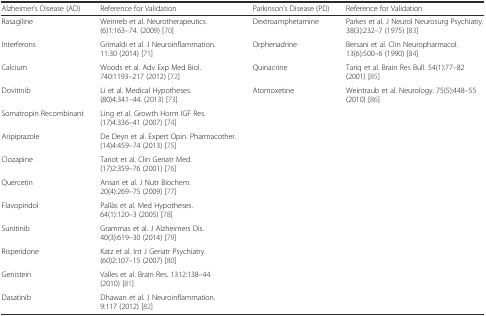
<table><thead><tr><td><b>Alzheimer’s Disease (AD)</b></td><td><b>Reference for Validation</b></td><td><b>Parkinson’s Disease (PD)</b></td><td><b>Reference for Validation</b></td></tr></thead><tbody><tr><td>Rasagiline</td><td>Weinreb et al. Neurotherapeutics. (6)1:163–74. (2009) [70]</td><td>Dextroamphetamine</td><td>Parkes et al. J Neurol Neurosurg Psychiatry. 38(3):232–7 (1975) [83]</td></tr><tr><td>Interferons</td><td>Grimaldi et al. J Neuroinflammation. 11:30 (2014) [71]</td><td>Orphenadrine</td><td>Bersani et al. Clin Neuropharmacol. 13(6):500–6 (1990) [84]</td></tr><tr><td>Calcium</td><td>Woods et al. Adv Exp Med Biol. 740:1193–217 (2012) [72]</td><td>Quinacrine</td><td>Tariq et al. Brain Res Bull. 54(1):77–82 (2001) [85]</td></tr><tr><td>Dovitinib</td><td>Li et al. Medical Hypotheses. (80)4:341–44. (2013) [73]</td><td>Atomoxetine</td><td>Weintraub et al. Neurology. 75(5):448–55 (2010) [86]</td></tr><tr><td>Somatropin Recombinant</td><td>Ling et al. Growth Horm IGF Res. (17)4:336–41 (2007) [74]</td><td></td><td></td></tr><tr><td>Aripiprazole</td><td>De Deyn et al. Expert Opin. Pharmacother. (14)4:459–74 (2013) [75]</td><td></td><td></td></tr><tr><td>Clozapine</td><td>Tariot et al. Clin Geriatr Med. (17)2:359–76 (2001) [76]</td><td></td><td></td></tr><tr><td>Quercetin</td><td>Ansari et al. J Nutr Biochem. 20(4):269–75 (2009) [77]</td><td></td><td></td></tr><tr><td>Flavopiridol</td><td>Pallàs et al. Med Hypotheses. 64(1):120–3 (2005) [78]</td><td></td><td></td></tr><tr><td>Sunitinib</td><td>Grammas et al. J Alzheimers Dis. 40(3):619–30 (2014) [79]</td><td></td><td></td></tr><tr><td>Risperidone</td><td>Katz et al. Int J Geriatr Psychiatry. (60)2:107–15 (2007) [80]</td><td></td><td></td></tr><tr><td>Genistein</td><td>Valles et al. Brain Res. 1312:138–44 (2010) [81]</td><td></td><td></td></tr><tr><td>Dasatinib</td><td>Dhawan et al. J Neuroinflammation. 9:117 (2012) [82]</td><td></td><td></td></tr></tbody></table>